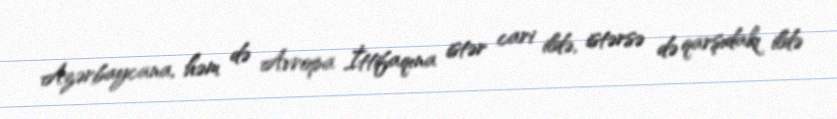
Azərbaycana, həm də Avropa İttifaqına istər cari ildə, istərsə də qarşıdakı ildə